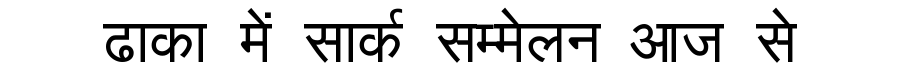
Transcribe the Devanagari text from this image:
ढाका में सार्क सम्मेलन आज से